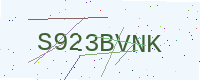
Text: S923BVNK